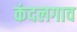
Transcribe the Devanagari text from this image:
कंदलगाव